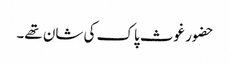
حضور غوث پاک کی شان تھے۔